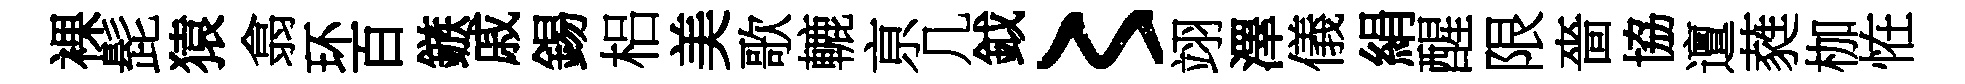
裸髭猿翕环百鏃戚錫梠美歌轆亰几鉞〻翊澤儀絹醒限嗇協邅蕤枷恠